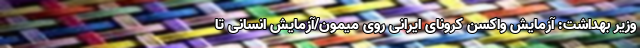
وزیر بهداشت: آزمایش واکسن کرونای ایرانی روی میمون/آزمایش انسانی تا